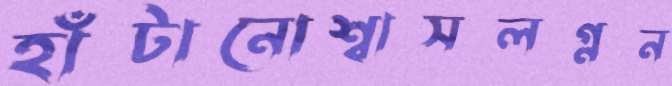
হাঁটানোশ্বাসলগ্নন